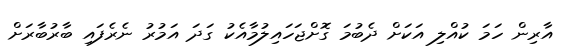
އާރިން ހަމަ ކުއްލި އަކަށް ދެބުމަ ގޮށްޖަހައިލުމާއެކު ގަދަ އަމުރު ނެރެފައި ބާރުބާރަށް